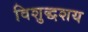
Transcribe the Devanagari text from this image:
विशुद्धशय